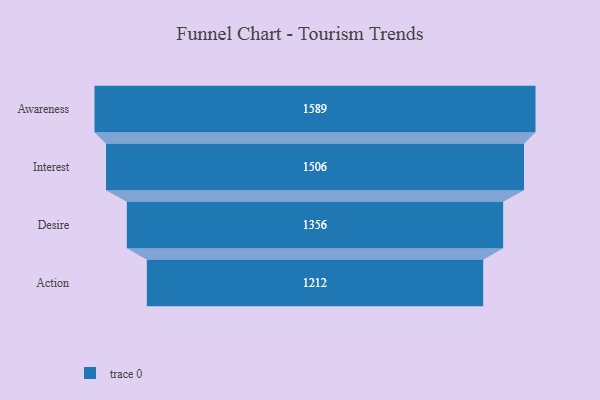
{"axis": {"x": "Stage", "y": "Value"}, "legend": [""], "data": [{"x": "Awareness", "y": 1589.0, "type": ""}, {"x": "Interest", "y": 1506.0, "type": ""}, {"x": "Desire", "y": 1356.0, "type": ""}, {"x": "Action", "y": 1212.0, "type": ""}]}